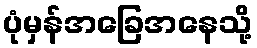
ပုံမှန်အခြေအနေသို့